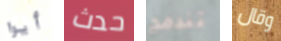
أيوا حدث تندمج وقال